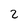
Character: 2